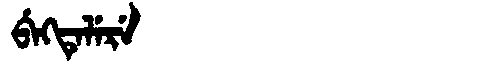
Manchu: ᠪᡝᡴᡨᡝᠯᡝᡵᡝ
Romanization: BEKTELERE